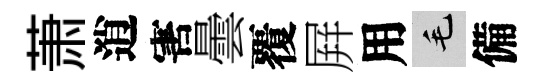
萧逍害曇覆屛用毛備